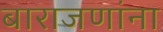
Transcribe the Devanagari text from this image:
बाराजणांना